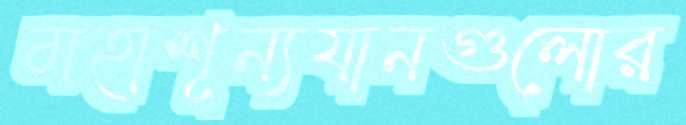
মহাশূন্যযানগুলোর